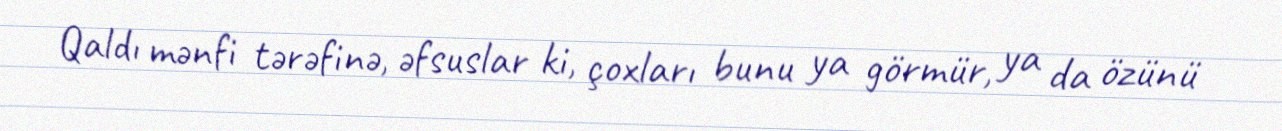
Qaldı mənfi tərəfinə, əfsuslar ki, çoxları bunu ya görmür, ya da özünü